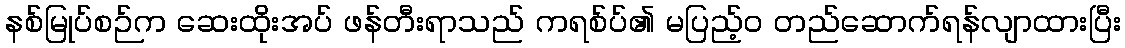
နစ်မြုပ်စဉ်က ဆေးထိုးအပ် ဖန်တီးရာသည် ကရစ်ပ်၏ မပြည့်ဝ တည်ဆောက်ရန်လျာထားပြီး